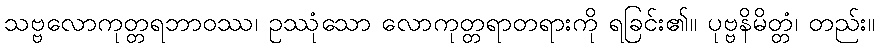
သဗ္ဗလောကုတ္တရဘာဝဿ၊ ဥဿုံသော လောကုတ္တရာတရားကို ရခြင်း၏။ ပုဗ္ဗနိမိတ္တံ၊ တည်း။